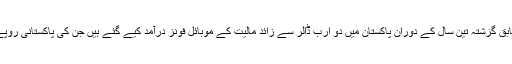
اسٹیٹ بینک آف پاکستان کے اعدادوشمار کے مطابق گزشتہ تین سال کے دوران پاکستان میں دو ارب ڈالر سے زائد مالیت کے موبائل فونز درآمد کیے گئے ہیں جن کی پاکستانی روپے میں مالیت دو کھرب روپے سے زائد بنتی ہے۔